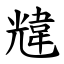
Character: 韑